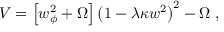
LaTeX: V = \left[ w _ { \phi } ^ { 2 } + \Omega \right] \left( 1 - \lambda \kappa w ^ { 2 } \right) ^ { 2 } - \Omega ~ ,